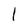
Character: l